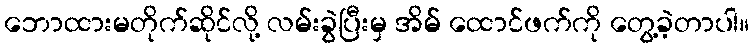
ဘောထားမတိုက်ဆိုင်လို့ လမ်းခွဲပြီးမှ အိမ် ထောင်ဖက်ကို တွေ့ခဲ့တာပါ။